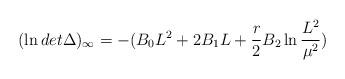
LaTeX: \begin{align*}(\ln det \Delta )_{\infty}=- (B_{0} L^2 +2B_{1}L +{r \over 2} B_{2} \ln {L^2\over \mu^2})\end{align*}